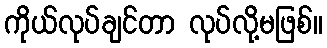
ကိုယ်လုပ်ချင်တာ လုပ်လို့မဖြစ်။